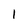
Character: 1